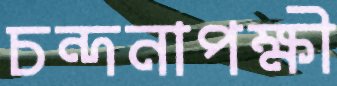
চন্দনাপক্ষী